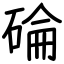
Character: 碖